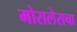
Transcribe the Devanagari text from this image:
मोरालेसचा